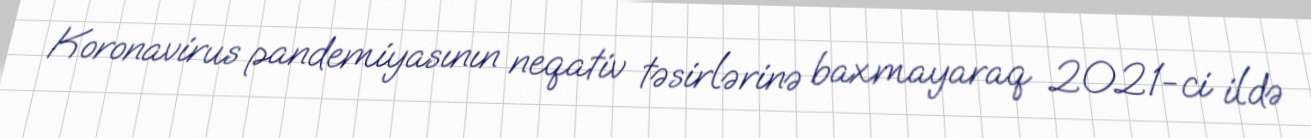
Koronavirus pandemiyasının neqativ təsirlərinə baxmayaraq 2021-ci ildə